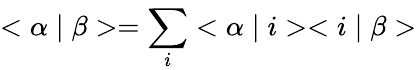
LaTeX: <\alpha\mid\beta>=\sum_{i}^{}<\alpha\mid i><i\mid\beta>